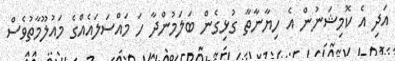
އަދި އެ ކޮމިޝަނުން އެ ހިޔާނާތާ ގުޅިގެން ބަލަމުންދާ ހަ މައްސަލައެއްގެ މައުލޫމާތުވެސް